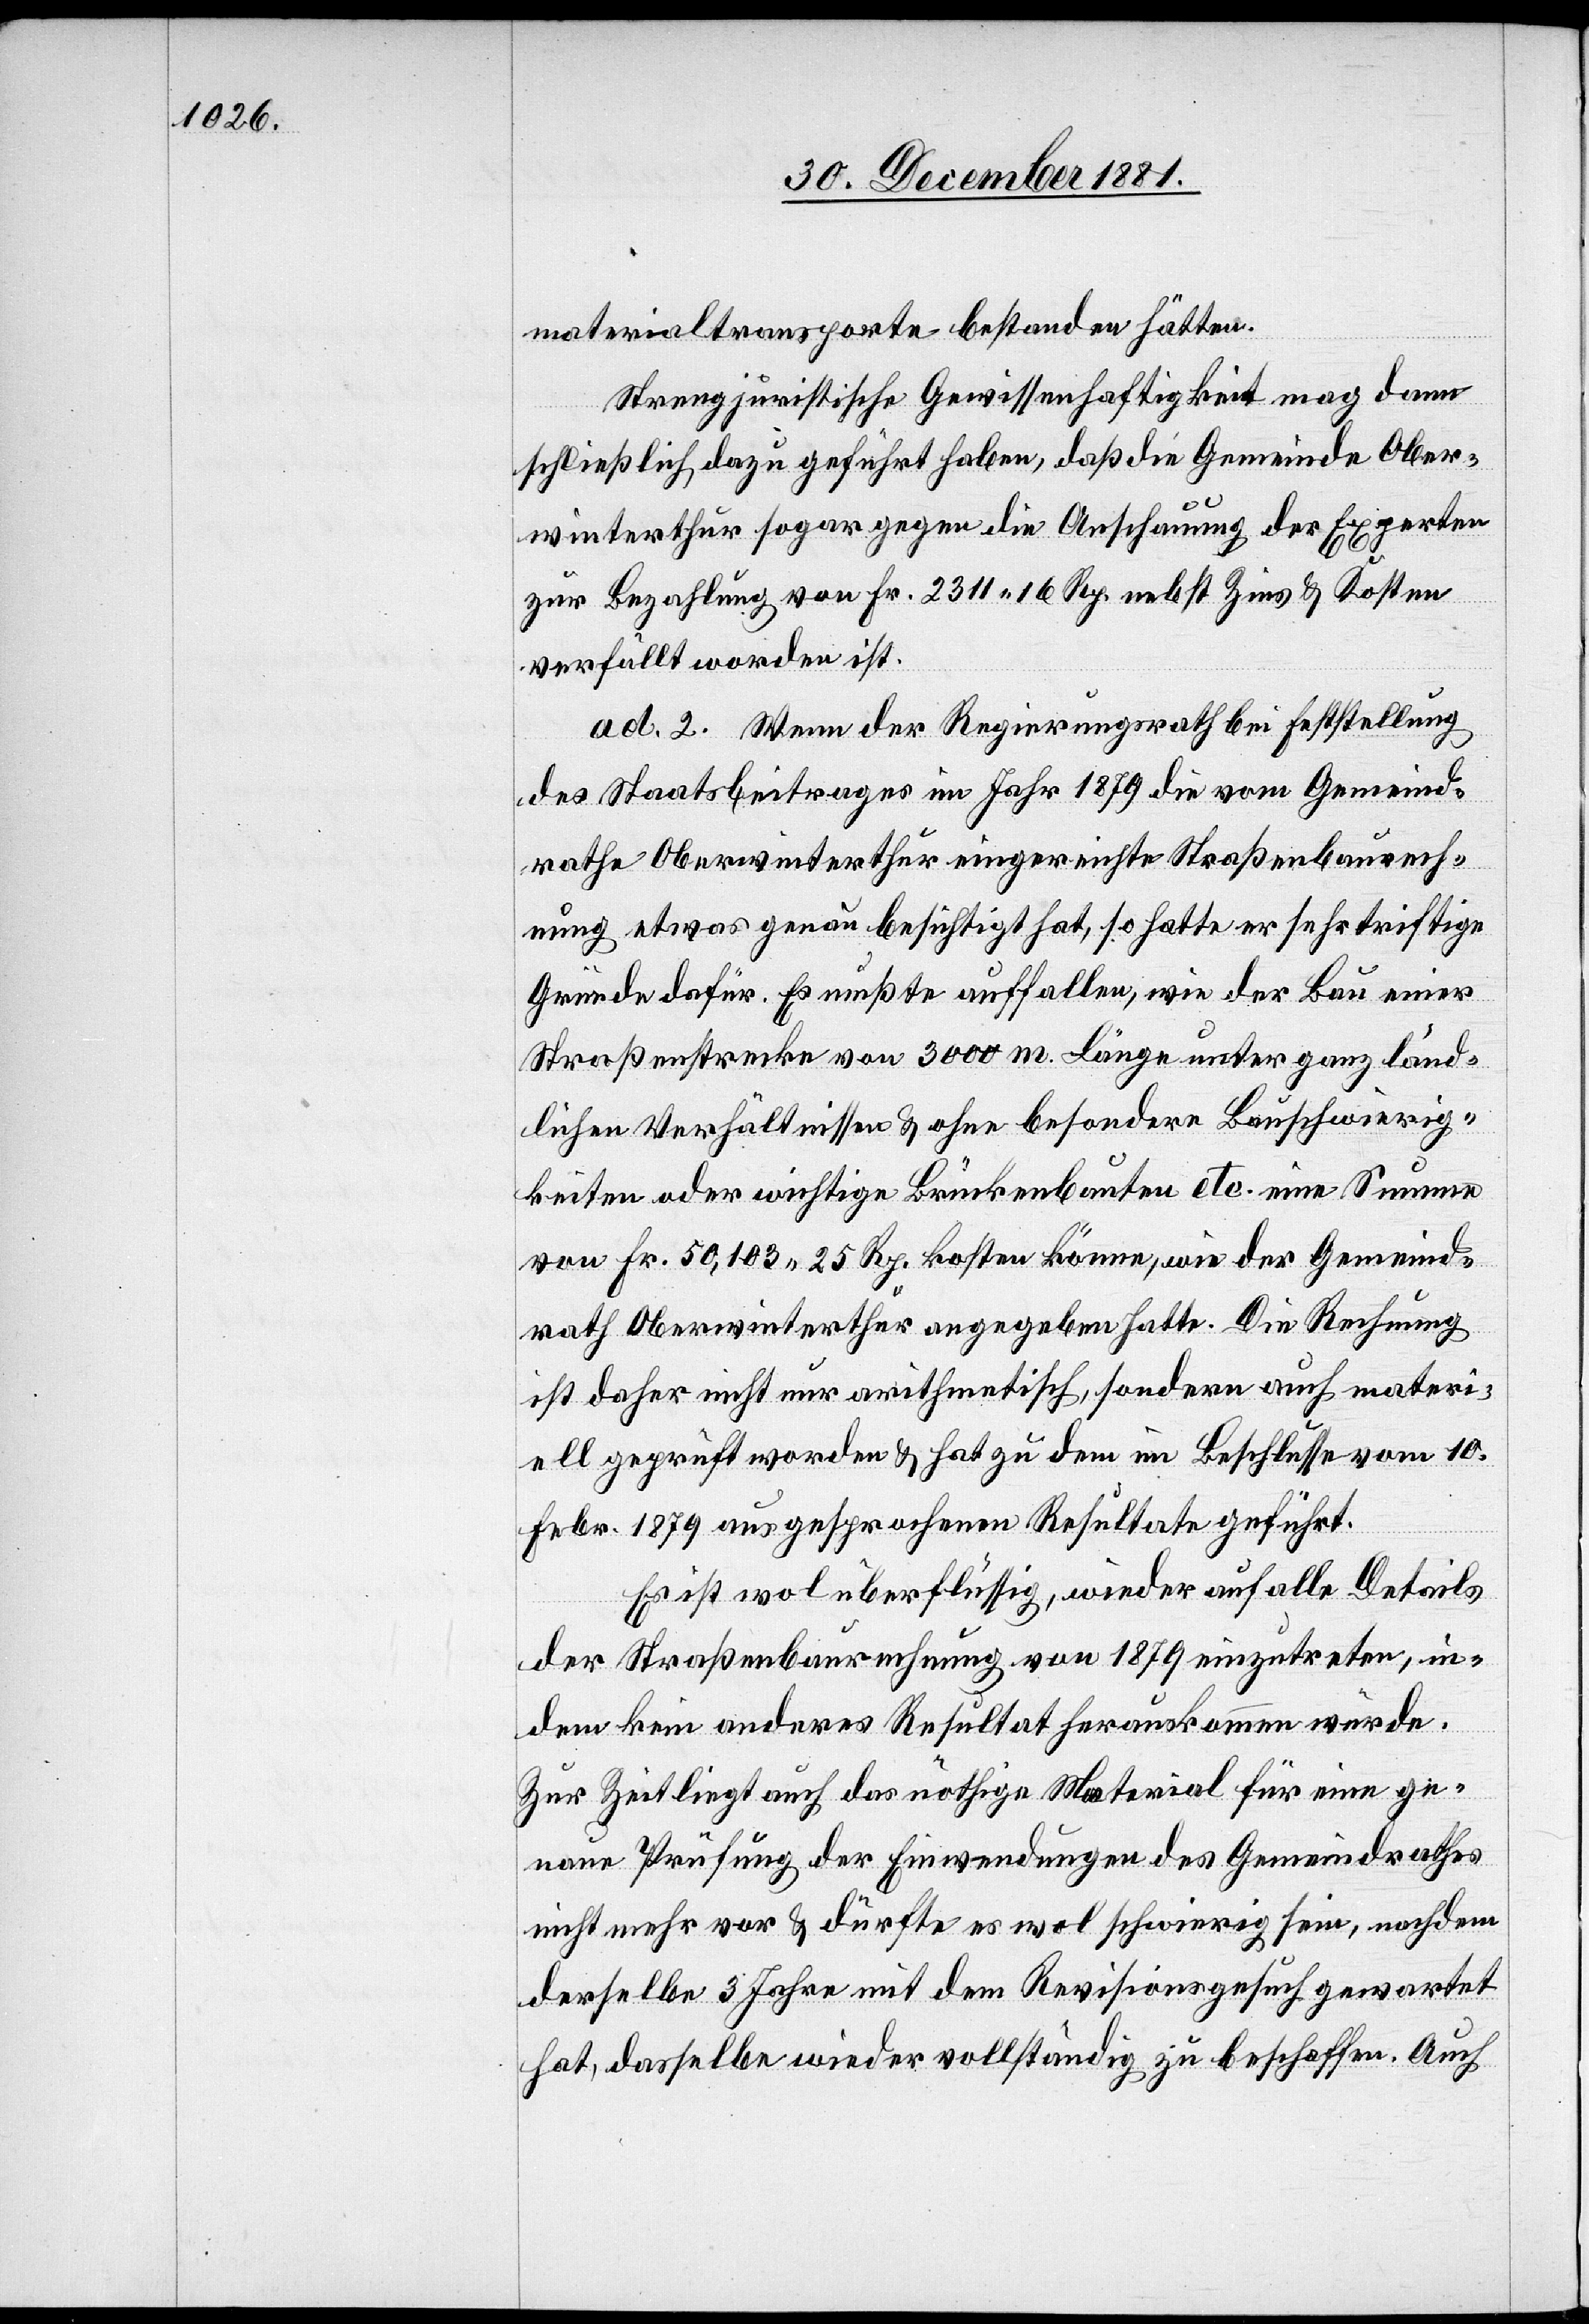
materialtransporte bestanden hätten.
Strengjuristische Gewissenhaftigkeit mag dann
schließlich dazu geführt haben, daß die Gemeinde Ober¬
winterthur sogar gegen die Anschauung der Experten
zur Bezahlung von Fr. 2311. 16 Rp. nebst Zins & Kosten
verfällt worden ist.
ad. 2. Wenn der Regierungsrath bei Feststellung
des Staatsbeitrages im Jahr 1879 die vom Gemeind¬
rathe Oberwinterthur eingereichte Straßenbaurech¬
nung etwas genau besichtigt hat, so hatte er sehr triftige
Gründe dafür. Es mußte auffallen, wie der Bau einer
Straßenstrecke von 3000m Länge unter ganz länd¬
lichen Verhältnissen & ohne besondere Bauschwierig¬
keiten oder wichtige Brückenbauten etc. eine Summe
von Fr. 50,103. 25 Rp. kosten könne, wie der Gemeind¬
rath Oberwinterthur angegeben hatte. Die Rechnung
ist daher nicht nur airthmetisch, sondern auch materi¬
ell geprüft worden & hat zu dem im Beschlusse vom 10.
Febr. 1879 ausgesprochenen Resultate geführt.
Es ist wol überflüssig, wieder auf alle Details
der Straßenbaurechnung von 1879 einzutreten, in¬
dem kein anderes Resultat herauskommen würde.
Zur Zeit liegt auch das nöthige Material für eine ge¬
naue Prüfung der Einwendungen des Gemeindrathes
nicht mehr vor & dürfte es wol schwierig sein, nachdem
derselbe 3 Jahre mit dem Revisionsgesuch gewartet
hat, dasselbe wieder vollständig zu beschaffen. Auch